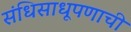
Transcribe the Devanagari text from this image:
संधिसाधूपणाची